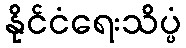
နိုင်ငံရေးသိပ္ပံ